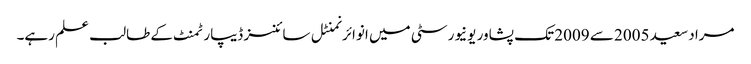
مراد سعید 2005 سے 2009 تک پشاور یونیورسٹی میں انوائرنمنٹل سائنسز ڈیپارٹمنٹ کے طالب علم رہے۔